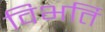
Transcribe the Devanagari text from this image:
विभर्ति